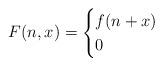
LaTeX: \begin{align*} F(n,x)=\begin{cases} f(n+x)\ \ &\\ 0 & \end{cases} \end{align*}